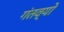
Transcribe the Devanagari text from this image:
गंतव्यो